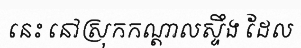
នេះ នៅស្រុកកណ្តាលស្ទឹង ដែល